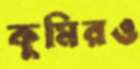
কুমিরও